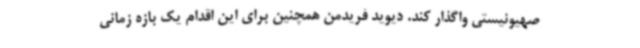
صهیونیستی واگذار کند. دیوید فریدمن همچنین برای این اقدام یک بازه زمانی